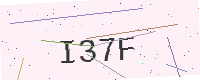
Text: I37F